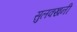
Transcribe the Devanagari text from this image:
सुलक्खनी